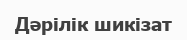
Дәрілік шикізат